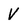
Character: V